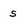
Character: s